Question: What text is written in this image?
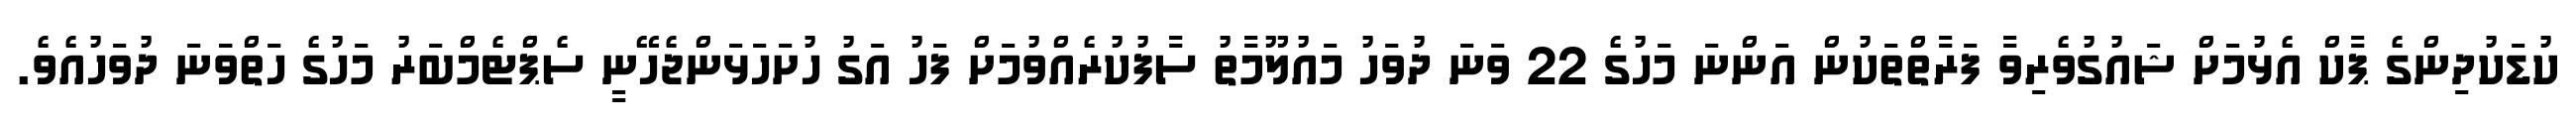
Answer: ކުޑަކުދިންގެ ޕާކް އެޅުމަށް ޝައުގުވެރިވާ ފަރާތްތަކުން އަންނަ މަހުގެ 22 ވަނަ ދުވަހު މައުލޫމާތު ސާފުކުރެއްވުމަށް ފަހު އަގު ހުށަހަޅަންޖެހޭނީ ސެޕްޓެމްބަރު މަހުގެ ހަތްވަަނަ ދުވަހުއެވެ.